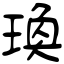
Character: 瑍